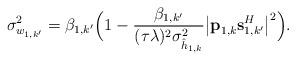
LaTeX: \begin{align*}\sigma_{w_{1,k'}}^2 = \beta_{1,k'}\Big(1 - \frac{\beta_{1,k'}}{(\tau\lambda)^2 \sigma_{\hat{h}_{1,k}}^2} \big|\textbf{p}_{1,k} \textbf{s}_{1,k'}^H\big|^2 \Big).\end{align*}